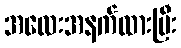
အလေးအနက်ထားပြီး